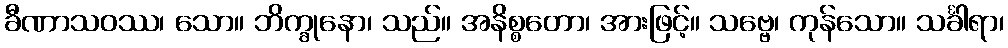
ခီဏာသဝဿ၊ သော။ ဘိက္ခုနော၊ သည်။ အနိစ္စတော၊ အားဖြင့်။ သဗ္ဗေ၊ ကုန်သော။ သင်္ခါရာ၊